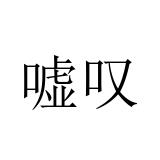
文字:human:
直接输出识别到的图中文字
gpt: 嘘叹